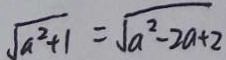
\sqrt { a ^ { 2 } + 1 } = \sqrt { a ^ { 2 } - 2 a + 2 }